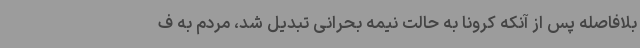
بلافاصله پس از آنکه کرونا به حالت نیمه بحرانی تبدیل شد، مردم به ف